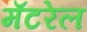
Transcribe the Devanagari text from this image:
मॅटरेल